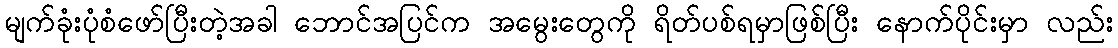
မျက်ခုံးပုံစံဖော်ပြီးတဲ့အခါ ဘောင်အပြင်က အမွေးတွေကို ရိတ်ပစ်ရမှာဖြစ်ပြီး နောက်ပိုင်းမှာ လည်း